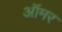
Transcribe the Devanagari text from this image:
ऑमर